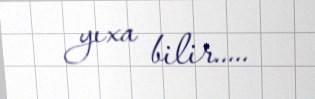
yıxa bilir.....